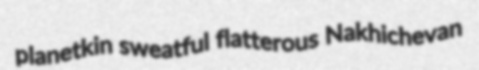
planetkin sweatful flatterous Nakhichevan